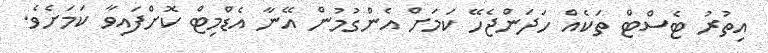
އިތުރު ޓެސްޓް ތަކެއް ހަދަންޖެހޭ ކަމަށް އެންގުމުން އޭނާ އެޑްމިޓް ކޮށްފައިވާ ކަމަށެވެ.